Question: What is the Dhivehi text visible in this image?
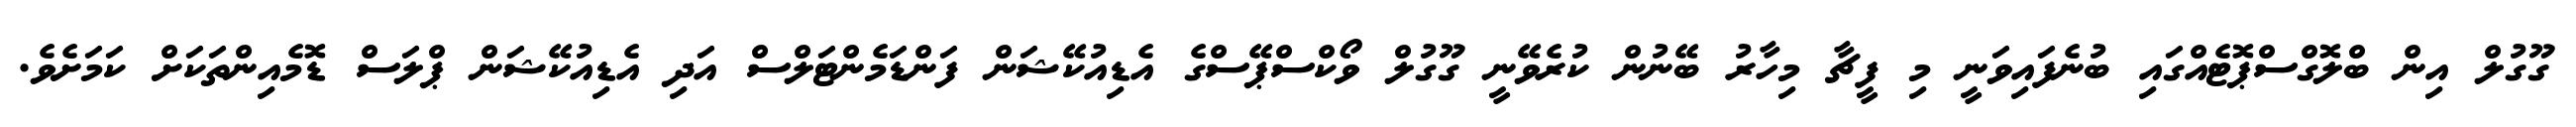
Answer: ގޫގުލް އިން ބްލޮގްސްޕޮޓެއްގައި ބުނެފައިވަނީ މި ފީޗާ މިހާރު ބޭނުން ކުރެވޭނީ ގޫގުލް ވޯކްސްޕޭސްގެ އެޑިއުކޭޝަން ފަންޑަމެންޓަލްސް އަދި އެޑިއުކޭޝަން ޕްލަސް ޑޮމެއިންތަކަށް ކަމަށެވެ.